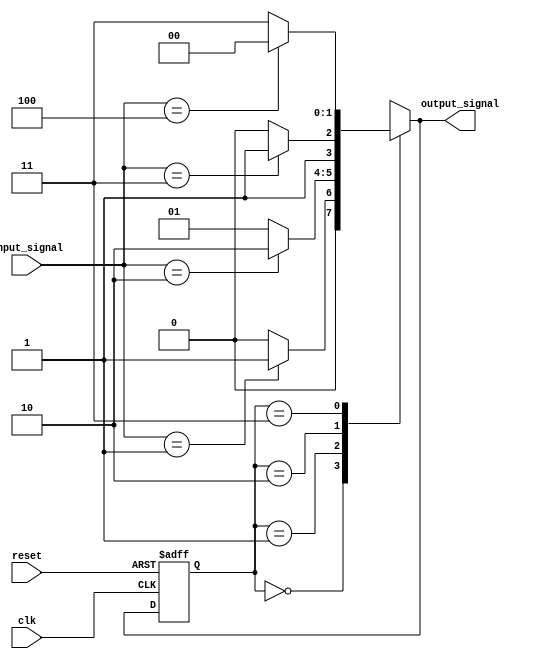
module mealy_fsm (
    input wire [3:0] input_signal,    // Multi-bit input signal (4 bits)
    input wire clk,                   // Clock signal
    input wire reset,                 // Reset signal
    output reg [1:0] output_signal     // Multi-bit output signal (2 bits)
);

    // State declaration using localparam for better readability
    localparam [1:0]
        STATE_A = 2'b00,
        STATE_B = 2'b01,
        STATE_C = 2'b10,
        STATE_D = 2'b11;

    // Current state and next state registers
    reg [1:0] current_state, next_state;

    // State Transition Logic
    always @(*) begin
        case (current_state)
            STATE_A: begin
                if (input_signal == 4'b0001) begin
                    next_state = STATE_B;
                    output_signal = 2'b01; // Example output for transition from A to B
                end else begin
                    next_state = STATE_A;
                    output_signal = 2'b00; // Keep output for STATE_A
                end
            end

            STATE_B: begin
                if (input_signal == 4'b0010) begin
                    next_state = STATE_C;
                    output_signal = 2'b10; // Example output for transition from B to C
                end else begin
                    next_state = STATE_B;
                    output_signal = 2'b01; // Keep output for STATE_B
                end
            end

            STATE_C: begin
                if (input_signal == 4'b0011) begin
                    next_state = STATE_D;
                    output_signal = 2'b11; // Example output for transition from C to D
                end else begin
                    next_state = STATE_C;
                    output_signal = 2'b10; // Keep output for STATE_C
                end
            end

            STATE_D: begin
                if (input_signal == 4'b0100) begin
                    next_state = STATE_A;
                    output_signal = 2'b00; // Example output for transition from D to A
                end else begin
                    next_state = STATE_D;
                    output_signal = 2'b11; // Keep output for STATE_D
                end
            end

            default: begin
                next_state = STATE_A;
                output_signal = 2'b00; // Default state output
            end
        endcase
    end

    // State Register - Update current state on clock edge
    always @(posedge clk or posedge reset) begin
        if (reset) begin
            current_state <= STATE_A; // Reset to initial state
        end else begin
            current_state <= next_state; // Update to next state
        end
    end

endmodule